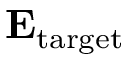
\mathbf { E } _ { \mathrm { t a r g e t } }